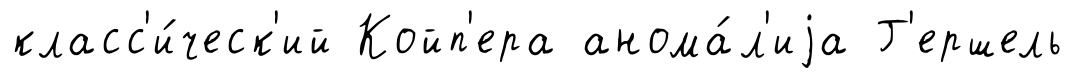
класс'и́ческ'ий Койп'ера анома́л'иjа Г'ершель